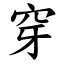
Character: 穿